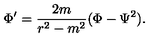
\Phi ^ { \prime } = { \frac { 2 m } { r ^ { 2 } - m ^ { 2 } } } ( \Phi - \Psi ^ { 2 } ) .